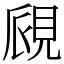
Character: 覛